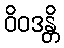
ဝိဝဒန္တိ